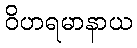
ဝိဟရမာနာယ